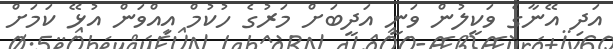
އަދި އޭނާގެ ވަކީލުން ވަނީ އަދީބަށް މަރުގެ ހުކުމް އިއްވަން އުޅޭ ކަމަށް